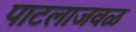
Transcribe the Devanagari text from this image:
पाटलाजवळ